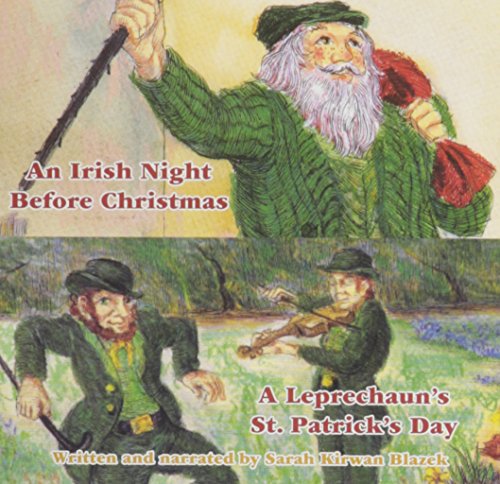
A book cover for Irish Night Before Christmas, An/A Leprechaun's St. Patrick's Day; Sarah Blazek; Children's Books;